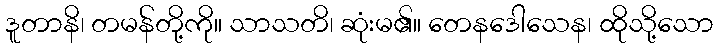
ဒူတာနိ၊ တမန်တို့ကို။ သာသတိ၊ ဆုံးမ၏။ တေနဒေါသေန၊ ထိုသို့သော